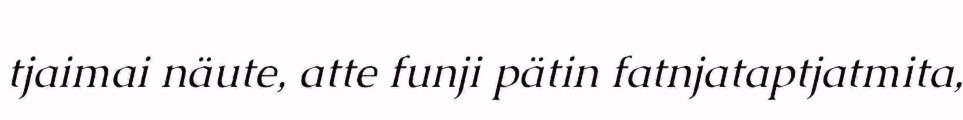
tjaimai näute, atte funji pätin fatnjataptjatmita,